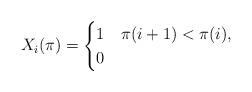
LaTeX: \begin{align*}X_i(\pi) = \begin{cases}1& \pi(i+1)<\pi(i),\\0 &\end{cases}\end{align*}